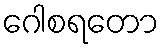
ဂေါစရတော